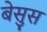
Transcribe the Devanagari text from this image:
बेसुस